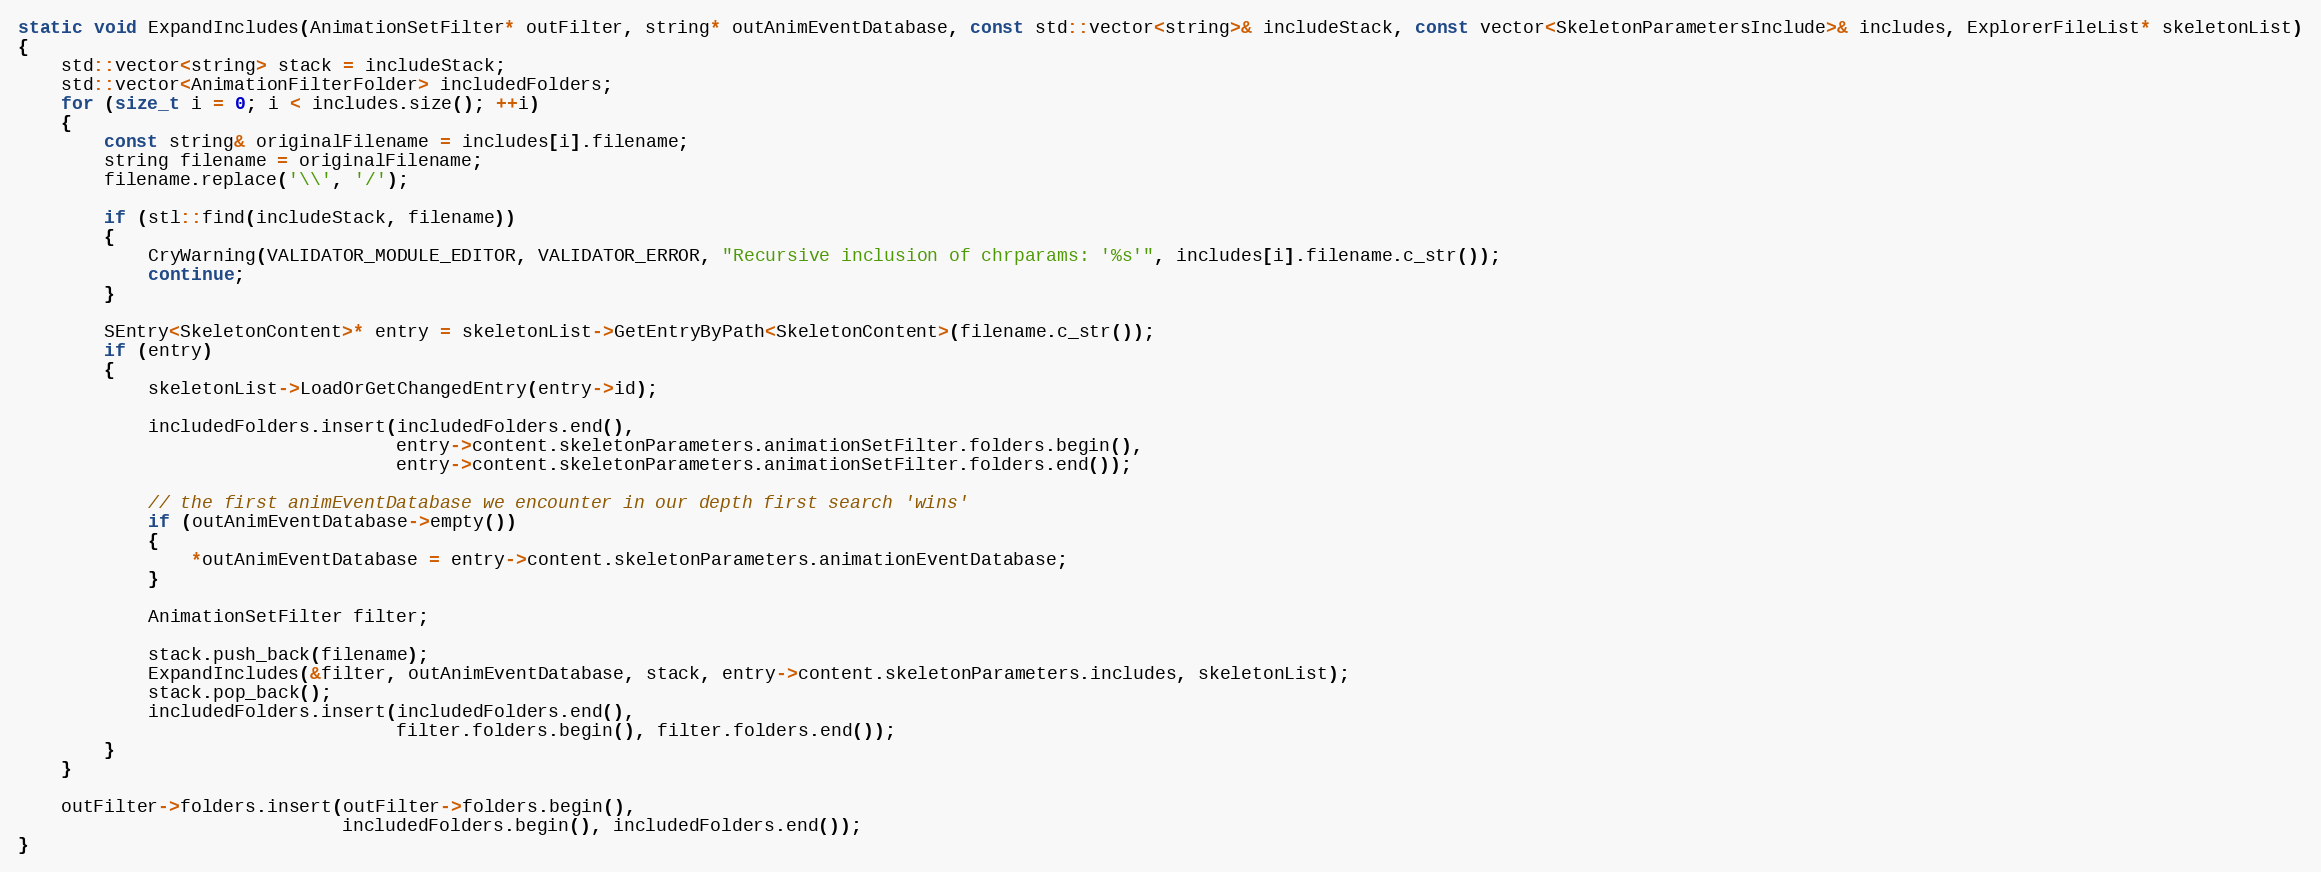
Language: C++
static void ExpandIncludes(AnimationSetFilter* outFilter, string* outAnimEventDatabase, const std::vector<string>& includeStack, const vector<SkeletonParametersInclude>& includes, ExplorerFileList* skeletonList)
{
	std::vector<string> stack = includeStack;
	std::vector<AnimationFilterFolder> includedFolders;
	for (size_t i = 0; i < includes.size(); ++i)
	{
		const string& originalFilename = includes[i].filename;
		string filename = originalFilename;
		filename.replace('\\', '/');

		if (stl::find(includeStack, filename))
		{
			CryWarning(VALIDATOR_MODULE_EDITOR, VALIDATOR_ERROR, "Recursive inclusion of chrparams: '%s'", includes[i].filename.c_str());
			continue;
		}

		SEntry<SkeletonContent>* entry = skeletonList->GetEntryByPath<SkeletonContent>(filename.c_str());
		if (entry)
		{
			skeletonList->LoadOrGetChangedEntry(entry->id);

			includedFolders.insert(includedFolders.end(),
			                       entry->content.skeletonParameters.animationSetFilter.folders.begin(),
			                       entry->content.skeletonParameters.animationSetFilter.folders.end());

			// the first animEventDatabase we encounter in our depth first search 'wins'
			if (outAnimEventDatabase->empty())
			{
				*outAnimEventDatabase = entry->content.skeletonParameters.animationEventDatabase;
			}

			AnimationSetFilter filter;

			stack.push_back(filename);
			ExpandIncludes(&filter, outAnimEventDatabase, stack, entry->content.skeletonParameters.includes, skeletonList);
			stack.pop_back();
			includedFolders.insert(includedFolders.end(),
			                       filter.folders.begin(), filter.folders.end());
		}
	}

	outFilter->folders.insert(outFilter->folders.begin(),
	                          includedFolders.begin(), includedFolders.end());
}